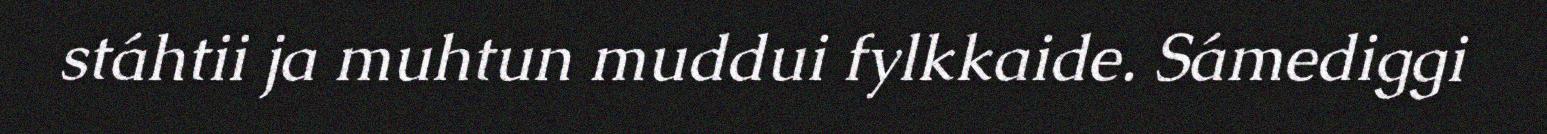
stáhtii ja muhtun muddui fylkkaide. Sámediggi